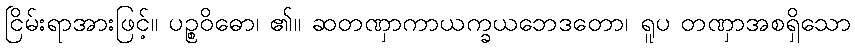
ငြိမ်းရာအားဖြင့်။ ပဉ္စဝိဓော၊ ၏။ ဆတဏှာကာယက္ခယဘေဒတော၊ ရူပ တဏှာအစရှိသော